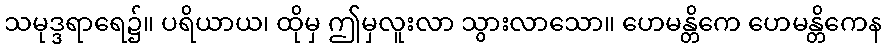
သမုဒ္ဒရာရေ၌။ ပရိယာယ၊ ထိုမှ ဤမှလူးလာ သွားလာသော။ ဟေမန္တိကေ ဟေမန္တိကေန